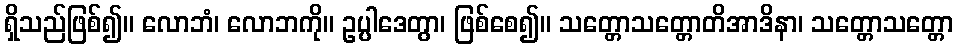
ရှိသည်ဖြစ်၍။ လောဘံ၊ လောဘကို။ ဥပ္ပါဒေတွာ၊ ဖြစ်စေ၍။ သတ္တောသတ္တောတိအာဒိနာ၊ သတ္တောသတ္တော